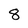
Character: 8